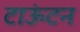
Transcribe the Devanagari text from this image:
टाऊंटन